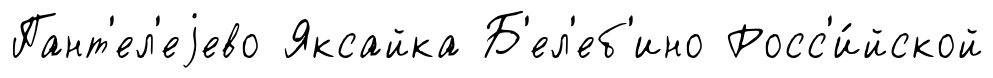
Пант'ел'еjево Яксайка Б'ел'еб'ино Росс'и́йской